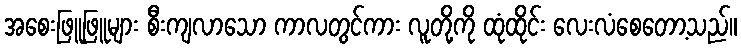
အစေးဖြူဖြူများ စီးကျလာသော ကာလတွင်ကား လူတို့ကို ထုံထိုင်း လေးလံစေတော့သည်။